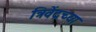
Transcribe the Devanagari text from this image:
त्रिवेंद्रच्या